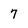
Character: 7